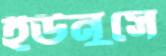
ইউনুসে